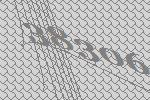
38306